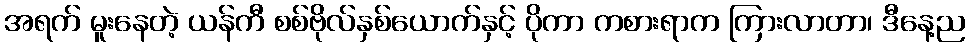
အရက် မူးနေတဲ့ ယန်ကီ စစ်ဗိုလ်နှစ်ယောက်နှင့် ပိုကာ ကစားရာက ကြားလာတာ၊ ဒီနေ့ည